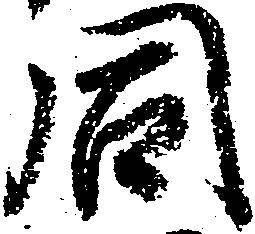
同